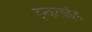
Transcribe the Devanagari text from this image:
इन्कलाइंड